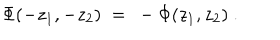
LaTeX: \Phi ( - z _ { 1 } , - z _ { 2 } ) ~ = ~ - \Phi ( z _ { 1 } , z _ { 2 } ) ~ .